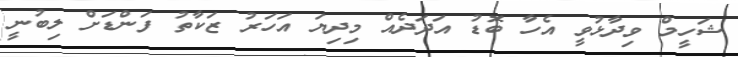
ޝަހީމް ވިދާޅުވީ އެހާ ބޮޑު އަދަދެއް މިދިޔަ އަހަރު ޒަކާތު ފަންޑަށް ލިބުނީ